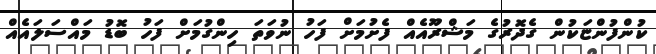
ކުންފުންޏަކުން ގެދޮރުގެ މަޝްރޫއެއް ފެށުމަށް ފަހު ނުވަތަ ހިންގުމަށް ފަހު ބޮޑު މައްސަލައެއް